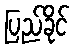
ပြည်ခိုင်